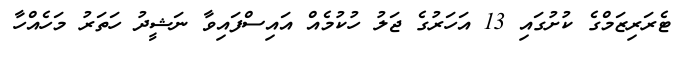
ޓެރަރިޒަމްގެ ކުށުގައި 13 އަހަރުގެ ޖަލު ހުކުމެއް އައިސްފައިވާ ނަޝީދު ހަތަރު މަހެއްހާ